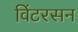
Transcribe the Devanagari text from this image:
विंटरसन